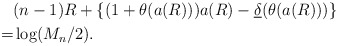
\begin{align*}&(n-1) R + \left\{ (1+\theta(a(R ))) a(R ) - \underline{\delta}(\theta(a(R ))) \right\} \\=& \log (M_n/2).\end{align*}